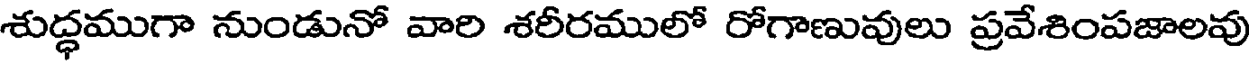
శుద్ధముగా నుండునో వారి శరీరములో రోగాణువులు ప్రవేశింపజాలవు